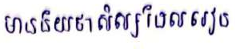
មានន័យថាសិស្សដែលរៀន